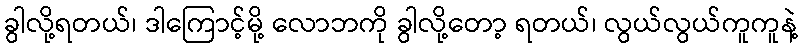
ခွါလို့ရတယ်၊ ဒါကြောင့်မို့ လောဘကို ခွါလို့တော့ ရတယ်၊ လွယ်လွယ်ကူကူနဲ့